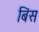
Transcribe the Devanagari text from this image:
बिंस